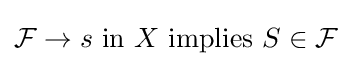
{\mathcal {F}}\to s{\text{ in }}X{\text{ implies }}S\in {\mathcal {F}}